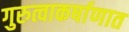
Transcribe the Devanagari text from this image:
गुरुत्वाकर्षाणात